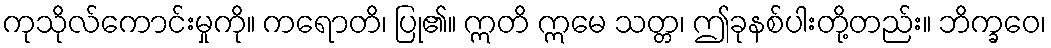
ကုသိုလ်ကောင်းမှုကို။ ကရောတိ၊ ပြု၏။ ဣတိ ဣမေ သတ္တ၊ ဤခုနစ်ပါးတို့တည်း။ ဘိက္ခဝေ၊